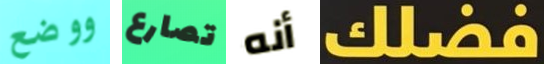
ووضع تصارع أنه فضلك